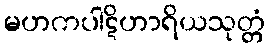
မဟကပါဋိဟာရိယသုတ္တံ